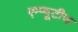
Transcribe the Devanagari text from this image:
एम्प्यूटीज